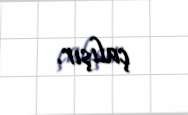
çalışır.